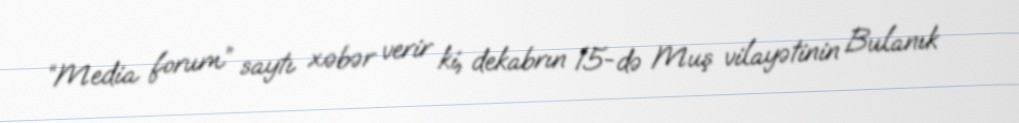
“Media forum” saytı xəbər verir ki, dekabrın 15-də Muş vilayətinin Bulanık